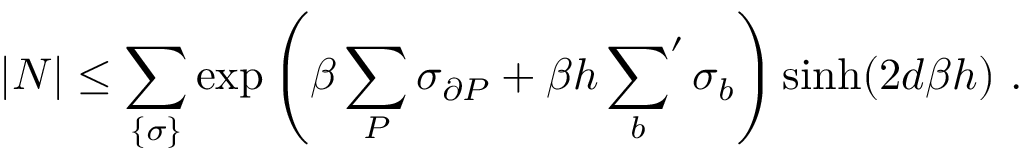
| N | \leq \sum _ { \{ \sigma \} } \exp \left( \beta \sum _ { P } \sigma _ { \partial P } + \beta h \sideset { } { ' } \sum _ { b } \sigma _ { b } \right) \sinh ( 2 d \beta h ) ~ .